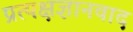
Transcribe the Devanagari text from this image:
प्रत्यक्षज्ञानवाद